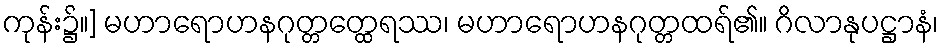
ကုန်း၌။] မဟာရောဟနဂုတ္တတ္ထေရဿ၊ မဟာရောဟနဂုတ္တထရ်၏။ ဂိလာနုပဋ္ဌာနံ၊